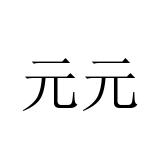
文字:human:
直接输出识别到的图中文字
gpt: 元元